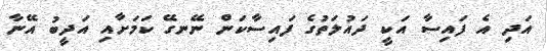
އަދި އެ ފައިސާ އަކީ ދައުލަތުގެ ފައިސާކަން ނޭނގޭ ކަމަށާއި އަދީބު އޭނާ